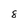
Character: 8